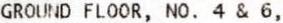
GROUND FLOOR, NO. 4 & 6,